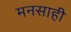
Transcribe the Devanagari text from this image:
मनसाही